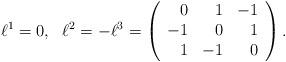
LaTeX: \begin{align*}\ell^1=0,\ \ \ell^2=-\ell^3=\left(\begin{array}{rrr} 0 & 1 & -1\\ -1 & 0 & 1\\ 1 & -1 & 0\end{array}\right).\end{align*}